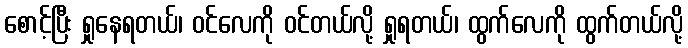
စောင့်ပြီး ရှုနေရတယ်၊ ဝင်လေကို ဝင်တယ်လို့ ရှုရတယ်၊ ထွက်လေကို ထွက်တယ်လို့